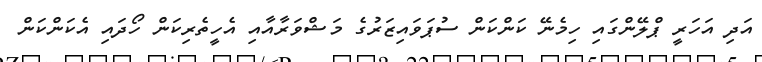
އަދި އަހަރީ ޕްލޭންގައި ހިމެނޭ ކަންކަން ސުޕަވައިޒަރުގެ މަޝްވަރާއާއި އެހީތެރިކަން ހޯދައި އެކަންކަން